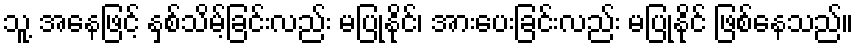
သူ့ အနေဖြင့် နှစ်သိမ့်ခြင်းလည်း မပြုနိုင်၊ အားပေးခြင်းလည်း မပြုနိုင် ဖြစ်နေသည်။